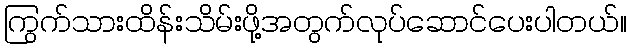
ကြွက်သားထိန်းသိမ်းဖို့အတွက်လုပ်ဆောင်ပေးပါတယ်။